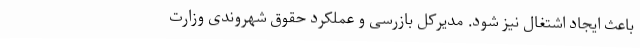
باعث ایجاد اشتغال نیز شود. مدیرکل بازرسی و عملکرد حقوق شهروندی وزارت